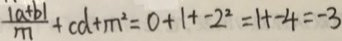
\frac { \vert a + b \vert } { m } + c d + m ^ { 2 } = 0 + 1 + - 2 ^ { 2 } = 1 + - 4 = - 3